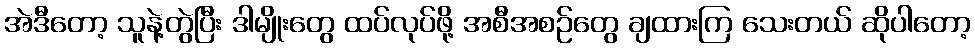
အဲဒီတော့ သူနဲ့တွဲပြီး ဒါမျိုးတွေ ထပ်လုပ်ဖို့ အစီအစဉ်တွေ ချထားကြ သေးတယ် ဆိုပါတော့